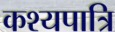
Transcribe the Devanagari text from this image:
कश्यपात्रि